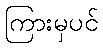
ကြားမှပင်